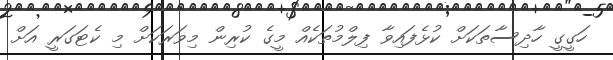
ހަގީގީ ހާދިސާތަކަށް ކުޅެފައިވާ ފިލްމުތަކެއް މީގެ ކުރިން މިވަރަކަށް މި ކެޓަގަރީ އަށް